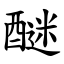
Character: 醚